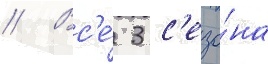
// Вс'е́ 3 с'езо́на